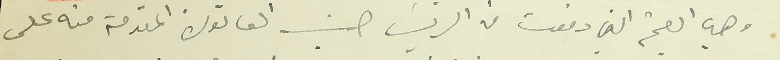
وهي القيمة التي دفعت من الرئيس حسب الفاتورة المقدمة منه على